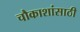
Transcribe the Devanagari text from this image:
चौकाशांसाठी